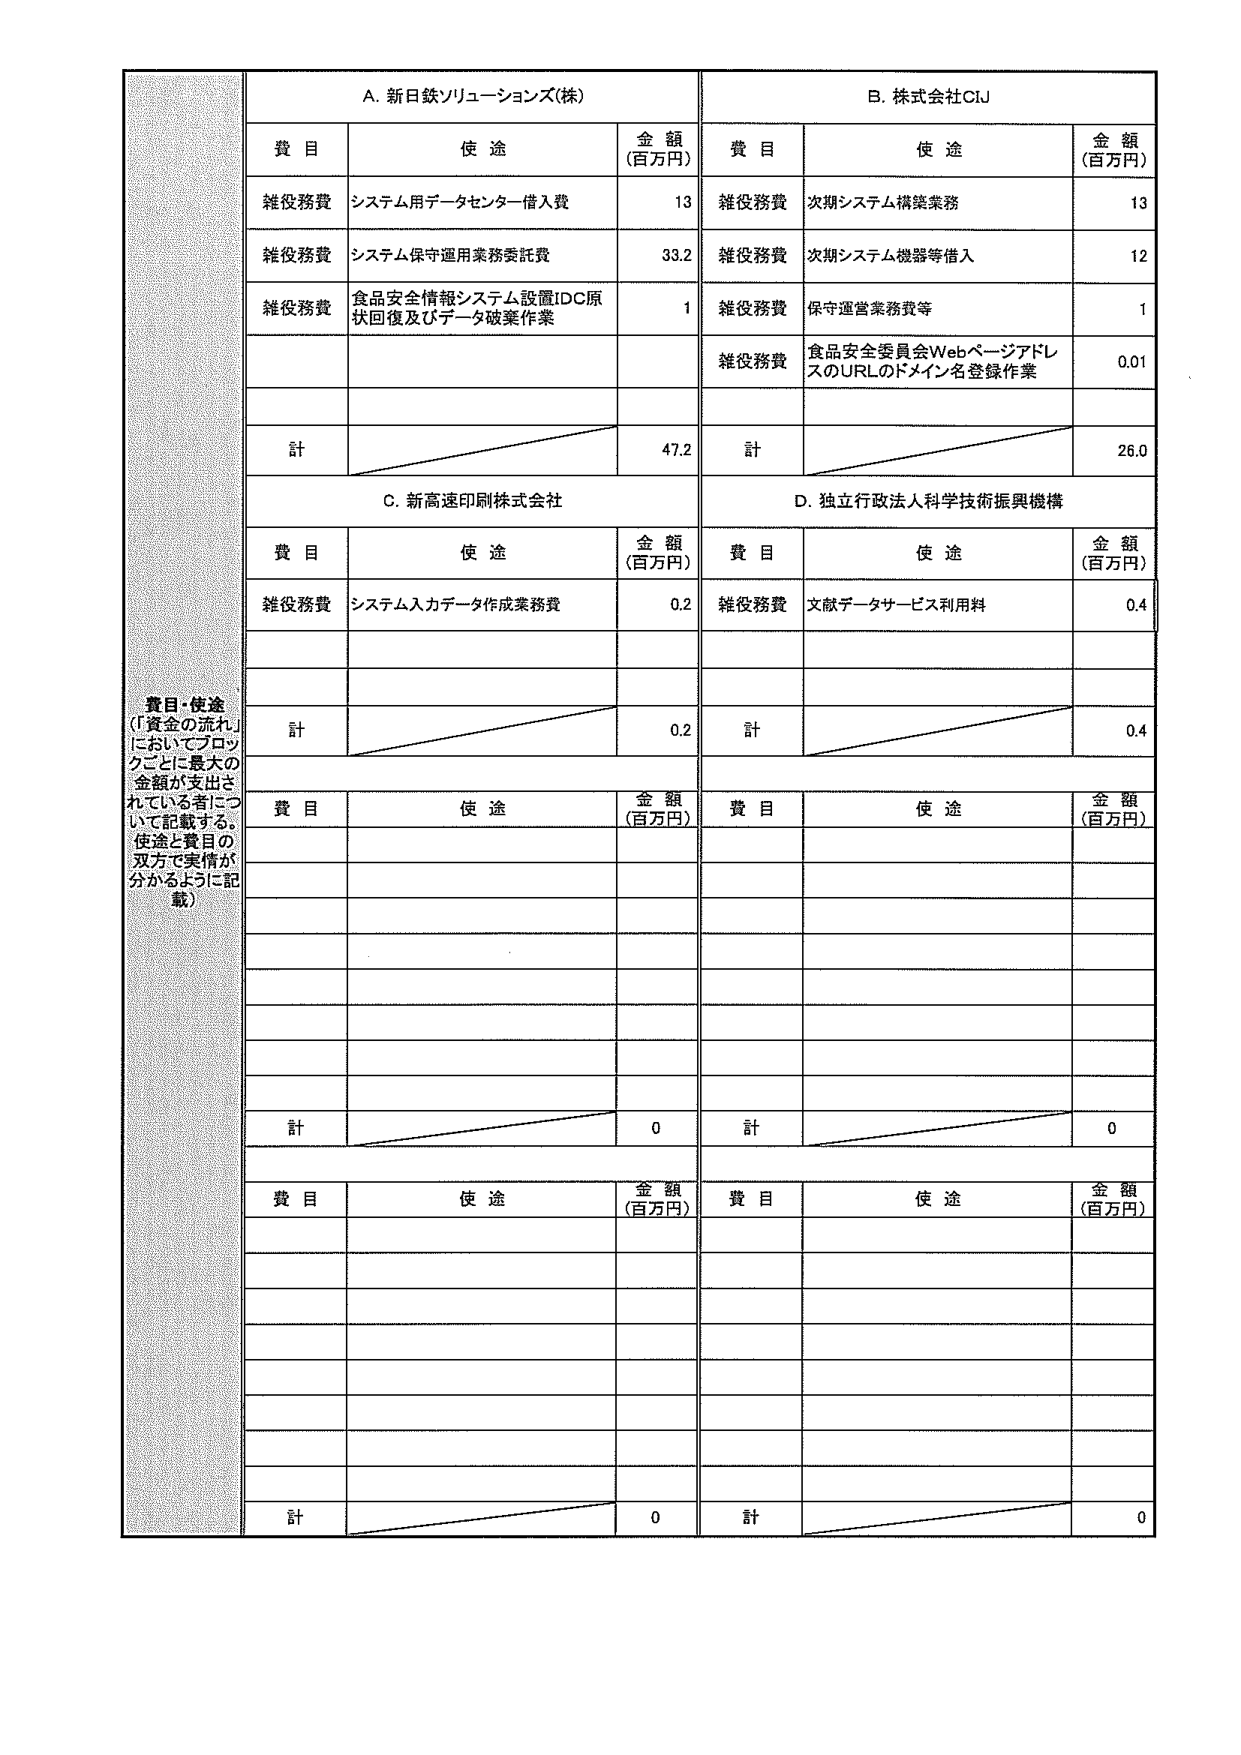
A. 新日鉄ソリューションズ(株)
費 目 使 途 金 額 (百万円)
雑役務費 システム用データセンター借入費 13
雑役務費 システム保守運用業務委託費 33.2
雑役務費 食品安全情報システム設置IDC原 状回復及びデータ破棄作業 1
計 47.2

B. 株式会社CIJ
費 目 使 途 金 額 (百万円)
雑役務費 次期システム構築業務 13
雑役務費 次期システム機器等借入 12
雑役務費 保守運営業務費等 1
雑役務費 食品安全委員会WebページアドレスのURLのドメイン名登録作業 0.01
計 26.0

C. 新高速印刷株式会社
費 目 使 途 金 額 (百万円)
雑役務費 システム入力データ作成業務費 0.2
計 0.2

D. 独立行政法人科学技術振興機構
費 目 使 途 金 額 (百万円)
雑役務費 文献データサービス利用料 0.4
計 0.4

費目・使途
(「資金の流れ」
においてブロッ
クごとに最大の
金額が支出さ
れている者につ
いて記載する。
用途と費目の
双方で実情が
分かるように記
載)

費 目 使 途 金 額 (百万円)
計 0

費 目 使 途 金 額 (百万円)
計 0

費 目 使 途 金 額 (百万円)
計 0

費 目 使 途 金 額 (百万円)
計 0